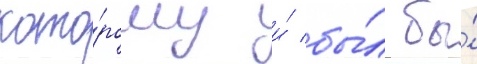
кото́рому и́ бы́л бы́